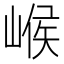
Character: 𡹵